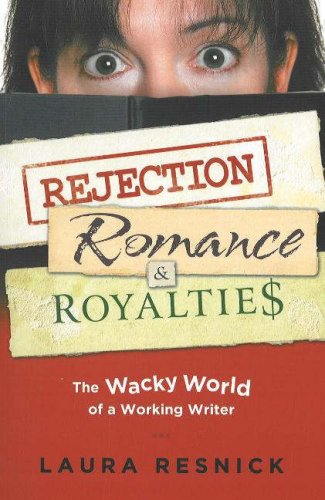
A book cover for Rejection, Romance and Royalties: The Wacky World of a Working Writer; Laura Resnick; Romance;